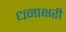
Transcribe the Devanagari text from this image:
धनाक्षरी